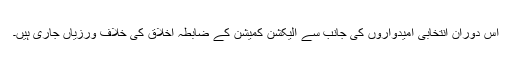
اس دوران انتخابی امیدواروں کی جانب سے الیکشن کمیشن کے ضابطہ اخلاق کی خلاف ورزیاں جاری ہیں۔